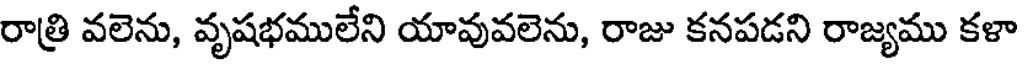
రాత్రి వలెను, వృషభములేని యావువలెను, రాజు కనపడని రాజ్యము కళా